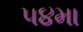
૫૪મા